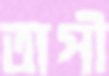
তাপী